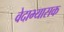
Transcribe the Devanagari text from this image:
वेदाभ्यासक